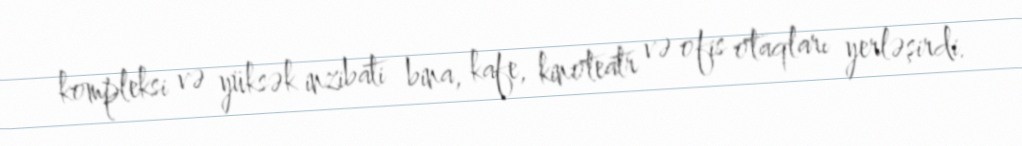
kompleksi və yüksək inzibati bina, kafe, kinoteatr və ofis otaqları yerləşirdi.